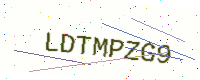
Text: LDTMPZG9